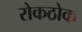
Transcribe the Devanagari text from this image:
रोकठोक